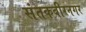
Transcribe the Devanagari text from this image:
संतकबीरनगर